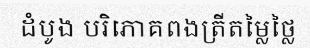
ដំបូង បរិភោគពងត្រីតម្លៃថ្លៃ